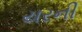
યરની